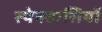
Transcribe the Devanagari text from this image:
स्‍पेनवासियों